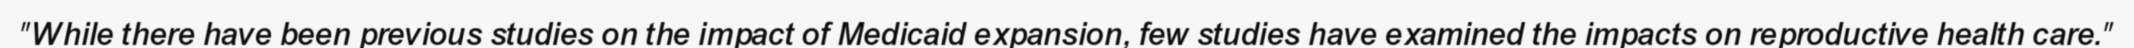
"While there have been previous studies on the impact of Medicaid expansion, few studies have examined the impacts on reproductive health care."